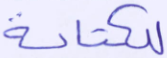
للكتابة